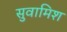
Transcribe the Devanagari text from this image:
सुवामिश